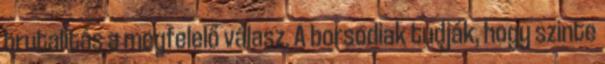
brutalitás a megfelelő válasz. A borsodiak tudják, hogy szinte